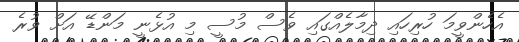
އެހެންވީމަ ހުރިހައި ދިމާލެއްގައި ވެސް މުސީ މި އުޅެނީ މަންޑޭ އަށް ވުރެ